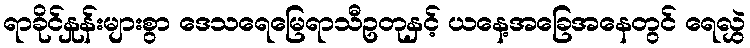
ရာခိုင်နှုန်းများစွာ ဒေသရေမြေရာသီဥတုနှင့် ယနေ့အခြေအနေတွင် ရေလွှဲ